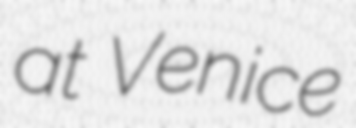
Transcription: at Venice